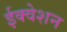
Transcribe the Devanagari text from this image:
ईक्वेशन